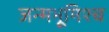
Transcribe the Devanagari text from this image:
जन्मभूमिश्च